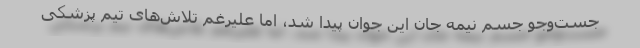
جست‌وجو جسم نیمه جان این جوان پیدا شد، اما علیرغم تلاش‌های تیم پزشکی